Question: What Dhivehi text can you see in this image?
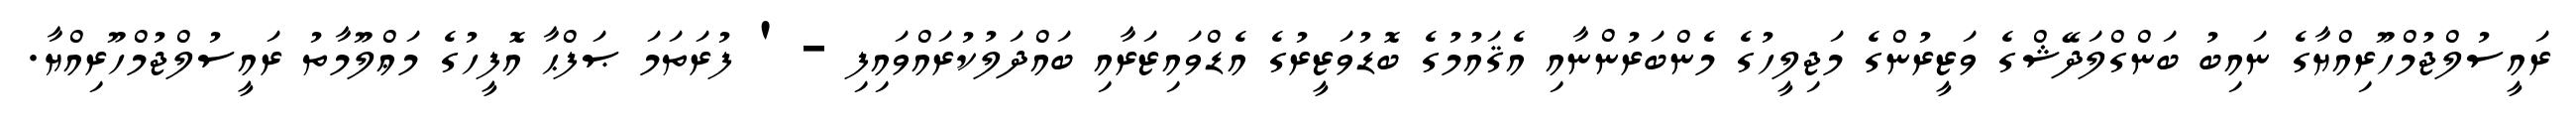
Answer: ރައީސުލްޖުމްހޫރިއްޔާގެ ނައިބު ބަންގްލަދޭޝްގެ ވަޒީރުންގެ މަޖިލީހުގެ މެންބަރުންނާއި އެޤައުމުގެ ބޮޑުވަޒީރުގެ އެޑްވައިޒަރާއި ބައްދަލުކުރައްވައިފި - ' ފުރަތަމަ ޞަފްޙާ އޮފީހުގެ މަޢްލޫމާތު ރައީސުލްޖުމްހޫރިއްޔާ.